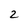
Character: 2